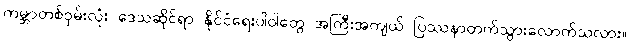
ကမ္ဘာတစ်ဝှမ်းလုံး ဒေသဆိုင်ရာ နိုင်ငံရေးပါဝါတွေ အကြီးအကျယ် ပြဿနာတက်သွားလောက်သလား။